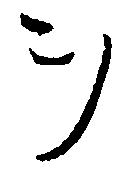
ヲ